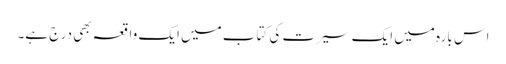
اس بارہ میں ایک سیرت کی کتاب میں ایک واقعہ بھی درج ہے۔